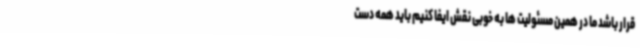
قرار باشد ما در همین مسئولیت ها به خوبی نقش ایفا کنیم باید همه دست